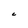
Character: C